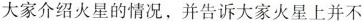
大家介绍火星的情况，并告诉大家火星上并不